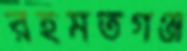
রহমতগঞ্জ